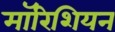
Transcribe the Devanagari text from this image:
मॉरिशियन